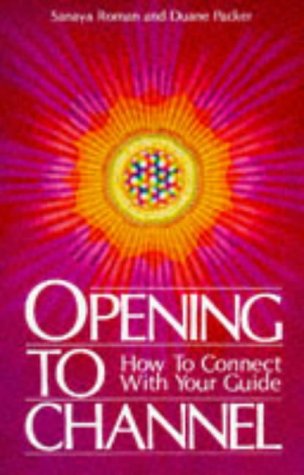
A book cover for Opening to Channel: How to Connect with Your Guide (Sanaya Roman); Sanaya Roman; Medical Books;